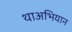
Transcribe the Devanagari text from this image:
थाअभियान